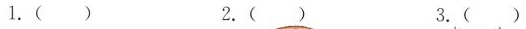
1.( ) 2.( ) 3.( )